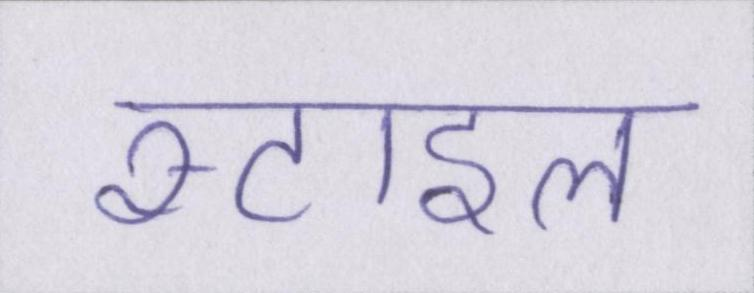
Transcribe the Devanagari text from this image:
स्टाइल